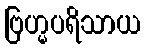
ဗြဟ္မပရိသာယ